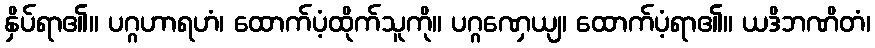
နှိပ်ရာ၏။ ပဂ္ဂဟာရဟံ၊ ထောက်ပံ့ထိုက်သူကို။ ပဂ္ဂဏှေယျ၊ ထောက်ပံ့ရာ၏။ ယဒိဘဏိတံ၊